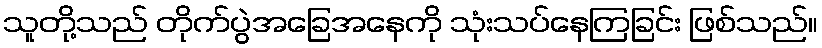
သူတို့သည် တိုက်ပွဲအခြေအနေကို သုံးသပ်နေကြခြင်း ဖြစ်သည်။